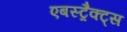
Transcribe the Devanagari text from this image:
एबस्ट्रैक्ट्स